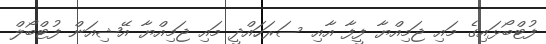
ފުޓްބޯޅައިގެ މައި ޖަމިއްޔާ ފީފާ އާއި ސަރަހައްދީ މައި ޖަމިއްޔާ އޭޝިއަން ފުޓްބޯލް